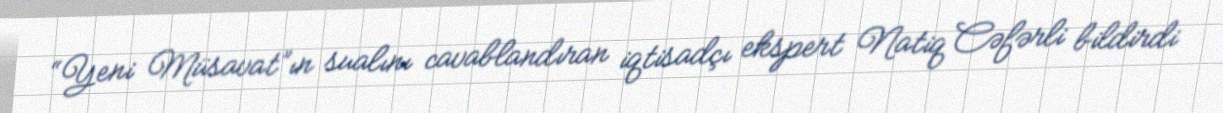
“Yeni Müsavat”ın sualını cavablandıran iqtisadçı ekspert Natiq Cəfərli bildirdi